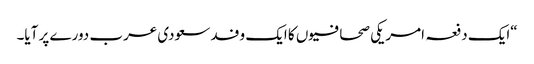
“ایک دفعہ امریکی صحافیوں کا ایک وفد سعودی عرب دورے پر آیا۔